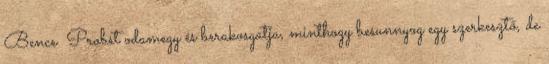
Bence Probst odamegy és berakosgatja, minthogy besunnyog egy szerkesztő, de